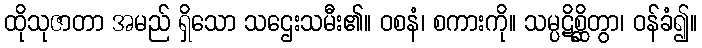
ထိုသုဇာတာ အမည် ရှိသော သဌေးသမီး၏။ ဝစနံ၊ စကားကို။ သမ္ပဋိစ္ဆိတွာ၊ ဝန်ခံ၍။